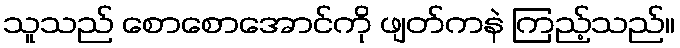
သူသည် စောစောအောင်ကို ဖျတ်ကနဲ ကြည့်သည်။